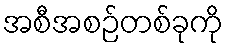
အစီအစဉ်တစ်ခုကို